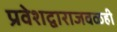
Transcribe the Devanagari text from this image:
प्रवेशद्वाराजवळही